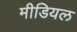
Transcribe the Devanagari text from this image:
मीडियल